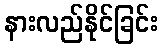
နားလည်နိုင်ခြင်း